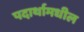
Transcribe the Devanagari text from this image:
पदार्थामधील